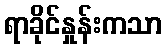
ရာခိုင်နှုန်းကသာ